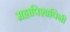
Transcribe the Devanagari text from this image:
महापिशाचिनी